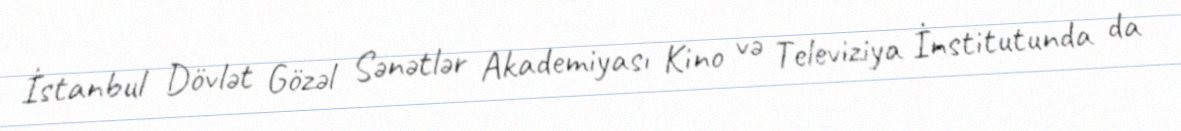
İstanbul Dövlət Gözəl Sənətlər Akademiyası Kino və Televiziya İnstitutunda da